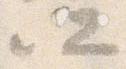
所